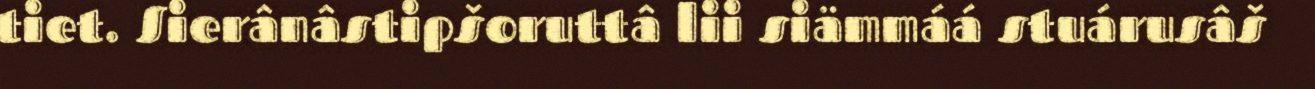
tiet. Sierânâstipšoruttâ lii siämmáá stuárusâš